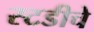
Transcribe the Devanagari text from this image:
स्टडीचे